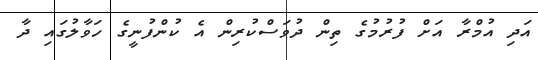
އަދި އުމްރާ އަށް ފުރުމުގެ ތިން ދުވަސްކުރިން އެ ކުންފުނީގެ ހަވާލުގައި ދާ